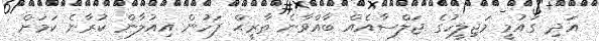
އަދި ގައުމީ މަޖިލީހުގެ ޖަލްސާއެއް ބާއްވާނެ ތާރީޙް ފަހުން އިއުލާން ކުރާނެ ކަމަށް